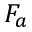
F _ { a }